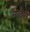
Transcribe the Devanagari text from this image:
संवंहनी